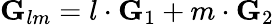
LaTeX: \textbf{G}_{lm}=l\cdot\textbf{G}_{1}+m\cdot\textbf{G}_{2}